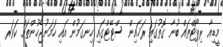
މީޑިއާ ރިޕޯޓްތައް ބުނާ ގޮތުގައި ރަޚައިން ސްޓޭޓްގައި ހިނގަމުން އައި ހަމަނުޖެހުންތައް ކަވަރ